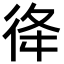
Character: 𢓤